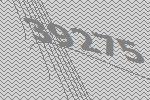
39275